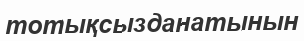
тотықсызданатынын